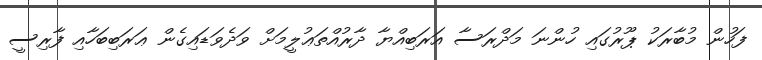
ފަހުން މުބާރަކު ޕޫރުގައި ހުންނަ މަދްރަސާ އަރަބިއްޔާ ދާރުއްތަޢުލީމަށް ވަދެވަޑައިގެން ޢަރަބިބަހާއި ފާރިސީ